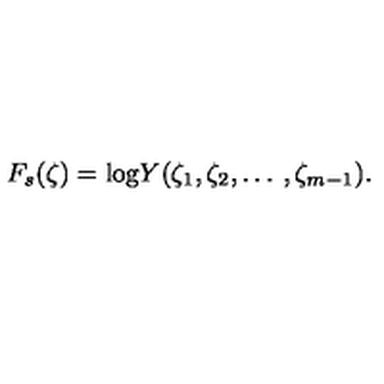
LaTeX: F _ { s } ( \zeta ) = \mathrm { l o g } Y ( \zeta _ { 1 } , \zeta _ { 2 } , \ldots \: , \zeta _ { m - 1 } ) .